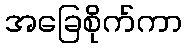
အခြေစိုက်ကာ